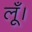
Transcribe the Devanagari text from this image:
लूँ।